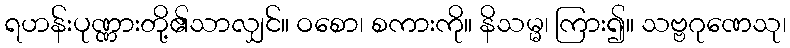
ရဟန်းပုဏ္ဏားတို့၏သာလျှင်။ ဝစော၊ စကားကို။ နိသမ္မ၊ ကြား၍။ သဗ္ဗဂုဏေသု၊